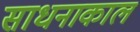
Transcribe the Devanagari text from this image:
साधनाकाल